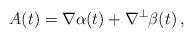
LaTeX: \begin{align*}A(t)=\nabla \alpha (t)+\nabla ^\perp\beta(t)\, ,\end{align*}